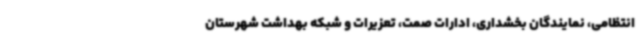
انتظامی، نمایندگان بخشداری، ادارات صمت، تعزیرات و شبکه بهداشت شهرستان